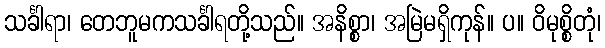
သင်္ခါရာ၊ တေဘူမကသင်္ခါရတို့သည်။ အနိစ္စာ၊ အမြဲမရှိကုန်။ ပ။ ဝိမုစ္စိတုံ၊